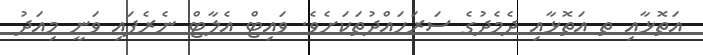
އަތޮޅާއި ތ އަތޮޅާއި ދެމެދުގެ ސަރަހައްދުތަކަށެވެ. ވައިޓް އެލާޓް ނެރެފައި ވަނީ މިއަދު